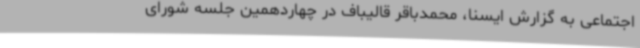
اجتماعی به گزارش ایسنا، محمدباقر قالیباف در چهاردهمین جلسه شورای